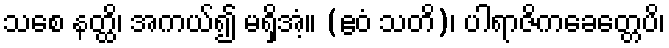
သစေ နတ္ထိ၊ အကယ်၍ မရှိအံ့။ (ဧဝံ သတိ)၊ ပါရာဇိကခေတ္တေပိ၊